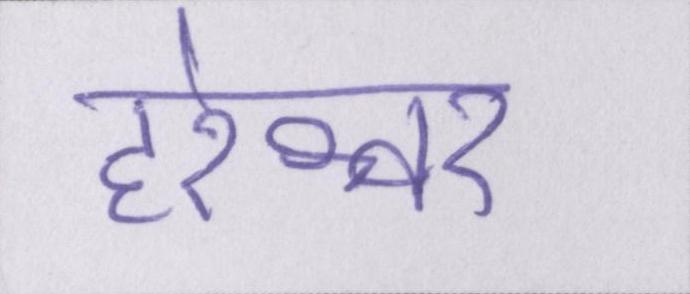
हरेश्वर